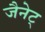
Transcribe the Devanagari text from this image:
जैनेट्